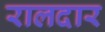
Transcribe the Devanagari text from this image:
रालदार